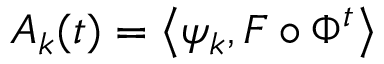
A _ { k } ( t ) = \left< \psi _ { k } , F \circ \Phi ^ { t } \right>